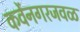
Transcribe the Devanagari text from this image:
कर्वेनगरजवळ